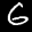
Label: 6